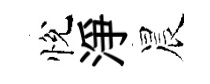
悅淨晨